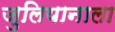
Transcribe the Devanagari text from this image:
जुलियानाला